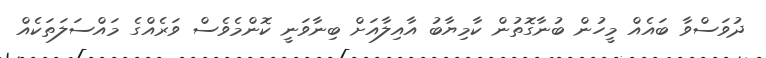
ދުވަސްވާ ބައެއް މީހުން ބުނާގޮތުން ކާމިޔާބު އާއިލާއަށް ބިނާވަނީ ކޮންމެވެސް ވަރެއްގެ މައްސަލަތަކެއް